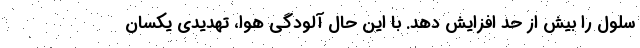
سلول را بیش از حد افزایش دهد. با این حال آلودگی هوا، تهدیدی یکسان